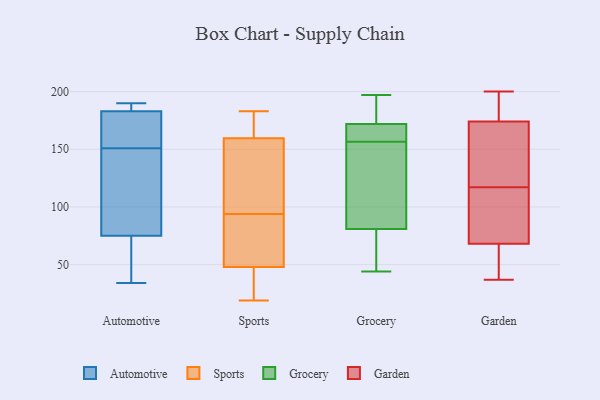
{"axis": {"x": "Demand Index", "y": "Value"}, "legend": ["Automotive", "Garden", "Grocery", "Sports"], "data": [{"x": "", "y": 70, "type": "Automotive"}, {"x": "", "y": 150, "type": "Automotive"}, {"x": "", "y": 135, "type": "Automotive"}, {"x": "", "y": 47, "type": "Automotive"}, {"x": "", "y": 185, "type": "Automotive"}, {"x": "", "y": 181, "type": "Automotive"}, {"x": "", "y": 152, "type": "Automotive"}, {"x": "", "y": 80, "type": "Automotive"}, {"x": "", "y": 185, "type": "Automotive"}, {"x": "", "y": 34, "type": "Automotive"}, {"x": "", "y": 190, "type": "Automotive"}, {"x": "", "y": 162, "type": "Automotive"}, {"x": "", "y": 36, "type": "Sports"}, {"x": "", "y": 155, "type": "Sports"}, {"x": "", "y": 111, "type": "Sports"}, {"x": "", "y": 19, "type": "Sports"}, {"x": "", "y": 126, "type": "Sports"}, {"x": "", "y": 182, "type": "Sports"}, {"x": "", "y": 76, "type": "Sports"}, {"x": "", "y": 77, "type": "Sports"}, {"x": "", "y": 135, "type": "Sports"}, {"x": "", "y": 48, "type": "Sports"}, {"x": "", "y": 73, "type": "Sports"}, {"x": "", "y": 183, "type": "Sports"}, {"x": "", "y": 164, "type": "Sports"}, {"x": "", "y": 46, "type": "Sports"}, {"x": "", "y": 172, "type": "Sports"}, {"x": "", "y": 48, "type": "Sports"}, {"x": "", "y": 172, "type": "Grocery"}, {"x": "", "y": 171, "type": "Grocery"}, {"x": "", "y": 44, "type": "Grocery"}, {"x": "", "y": 142, "type": "Grocery"}, {"x": "", "y": 197, "type": "Grocery"}, {"x": "", "y": 50, "type": "Grocery"}, {"x": "", "y": 81, "type": "Grocery"}, {"x": "", "y": 172, "type": "Grocery"}, {"x": "", "y": 183, "type": "Grocery"}, {"x": "", "y": 87, "type": "Grocery"}, {"x": "", "y": 200, "type": "Garden"}, {"x": "", "y": 174, "type": "Garden"}, {"x": "", "y": 62, "type": "Garden"}, {"x": "", "y": 137, "type": "Garden"}, {"x": "", "y": 129, "type": "Garden"}, {"x": "", "y": 105, "type": "Garden"}, {"x": "", "y": 68, "type": "Garden"}, {"x": "", "y": 153, "type": "Garden"}, {"x": "", "y": 83, "type": "Garden"}, {"x": "", "y": 37, "type": "Garden"}, {"x": "", "y": 196, "type": "Garden"}, {"x": "", "y": 76, "type": "Garden"}, {"x": "", "y": 183, "type": "Garden"}, {"x": "", "y": 62, "type": "Garden"}]}